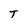
Character: T